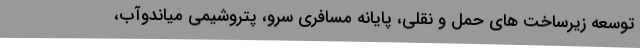
توسعه زیرساخت های حمل و نقلی، پایانه مسافری سرو، پتروشیمی میاندوآب،